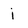
Character: i